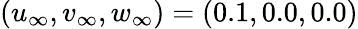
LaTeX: (u_{\infty},v_{\infty},w_{\infty})=(0.1,0.0,0.0)